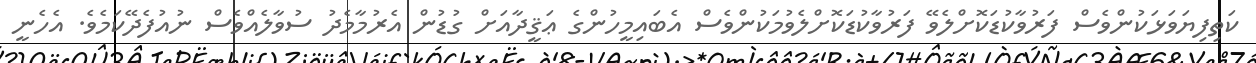
ކަތިފިޔަވަޅަކުންވެސް ފަރުވާކުޑަކޮށްލެވޭ ފަރުވާކުޑަކޮށްލެވުމަކުންވެސް އެބައިމީހުންގެ ޢަޤީދާއަށް ގުޑުން އެރުމާމެދު ސުވާލެއްވެސް ނުއުފެދޭކަމެވެ. އެހެނީ